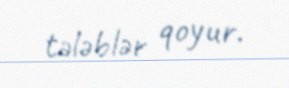
tələblər qoyur.